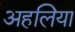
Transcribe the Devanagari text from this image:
अहलिया